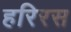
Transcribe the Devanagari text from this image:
हरिरस